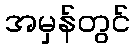
အမှန်တွင်